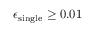
\epsilon _ { \mathrm { s i n g l e } } \geq 0 . 0 1